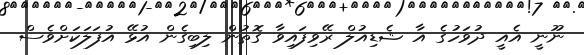
ނޫނީ އެއީ ދުވަހުގެ އާ ޝެޑިއުލް ރޭވިފައިވާ ގޮތުން ލިބިގެން އުޅޭ އުފަލަކަށްވެސް